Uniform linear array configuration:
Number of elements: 48
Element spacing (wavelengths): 0.25
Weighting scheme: hamming
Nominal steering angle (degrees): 15
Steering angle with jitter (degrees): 15.793
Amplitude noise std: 0.05
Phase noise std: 0.05

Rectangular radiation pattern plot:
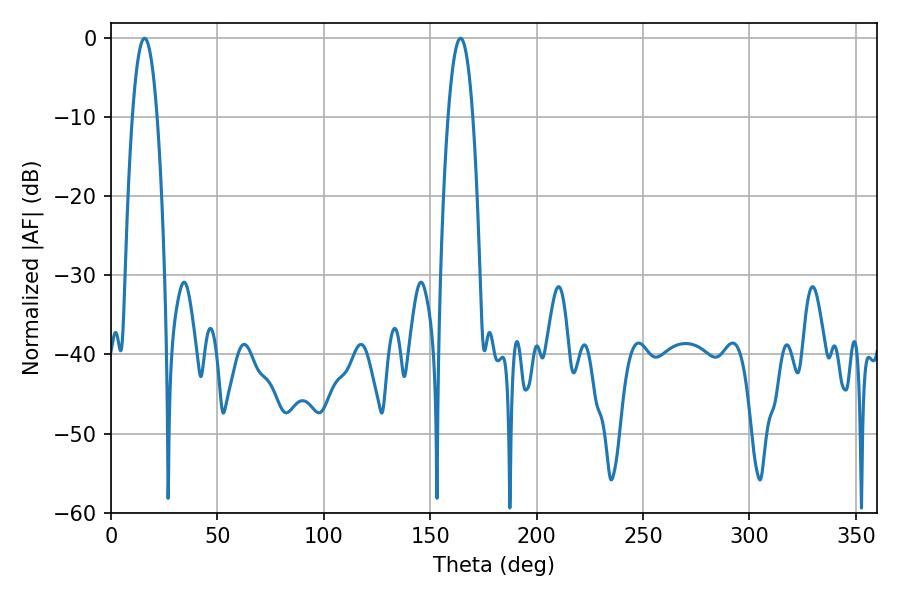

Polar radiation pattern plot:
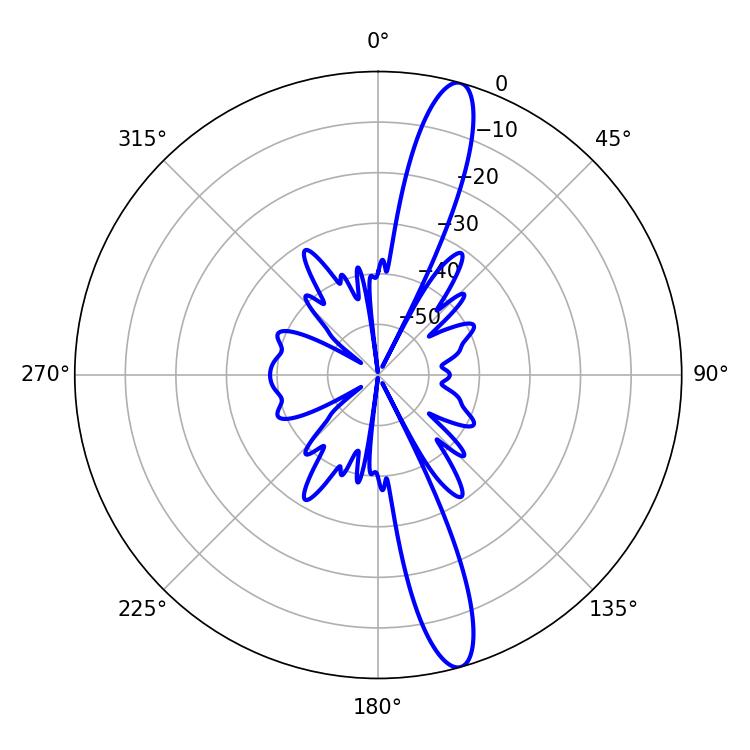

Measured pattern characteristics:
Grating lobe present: FALSE
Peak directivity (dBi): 14.835
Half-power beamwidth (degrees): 6.3
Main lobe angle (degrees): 15.84